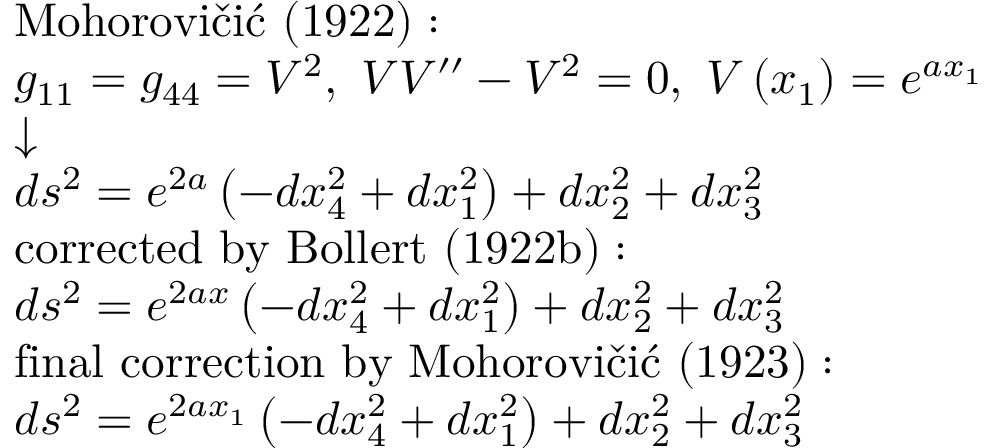
{ \scriptstyle { \begin{array} { l } { { \mathrm { M o h o r o v i č i ć ~ ( 1 9 2 2 ) : } } } \\ { g _ { 1 1 } = g _ { 4 4 } = V ^ { 2 } , \ V V ^ { \prime \prime } - V ^ { 2 } = 0 , \ V \left( x _ { 1 } \right) = e ^ { a x _ { 1 } } } \\ { { \boldsymbol { \downarrow } } } \\ { d s ^ { 2 } = e ^ { 2 a } \left( - d x _ { 4 } ^ { 2 } + d x _ { 1 } ^ { 2 } \right) + d x _ { 2 } ^ { 2 } + d x _ { 3 } ^ { 2 } } \\ { { \mathrm { c o r r e c t e d ~ b y ~ B o l l e r t ~ ( 1 9 2 2 b ) : } } } \\ { d s ^ { 2 } = e ^ { 2 a x } \left( - d x _ { 4 } ^ { 2 } + d x _ { 1 } ^ { 2 } \right) + d x _ { 2 } ^ { 2 } + d x _ { 3 } ^ { 2 } } \\ { { \mathrm { f i n a l ~ c o r r e c t i o n ~ b y ~ M o h o r o v i č i ć ~ ( 1 9 2 3 ) : } } } \\ { d s ^ { 2 } = e ^ { 2 a x _ { 1 } } \left( - d x _ { 4 } ^ { 2 } + d x _ { 1 } ^ { 2 } \right) + d x _ { 2 } ^ { 2 } + d x _ { 3 } ^ { 2 } } \end{array} } }